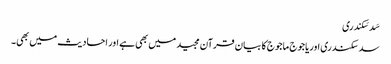
سَد سَکندری
سد سکندری اوریاجوج ماجوج کا بیان قرآن مجید میں بھی ہے اور احادیث میں بھی۔